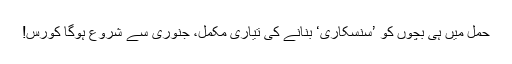
حمل میں ہی بچوں کو ’سنسکاری‘ بنانے کی تیاری مکمل، جنوری سے شروع ہوگا کورس!